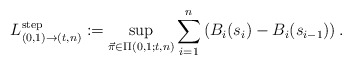
\begin{align*} L^{\rm step}_{(0,1)\to(t,n)}:=\sup_{\vec{\pi}\in\Pi(0,1;t,n)}\sum_{i=1}^{n} \left(B_i(s_{i})-B_i(s_{i-1})\right).\end{align*}